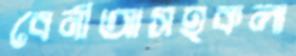
বেনীআসহকলা